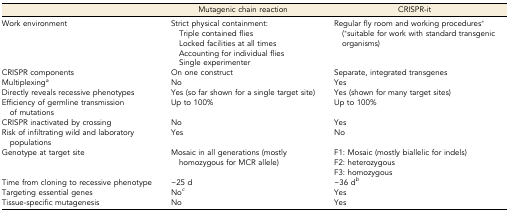
|  | Mutagenic chain reaction | CRISPR-it |
 | --- | --- | --- |
 | <ROWSPAN=5> Work environment | Strict physical containment: | <ROWSPAN=5> Regular fly room and working procedures* (*suitable for work with standard transgenic organisms) |
 | Triple contained flies |
 | Locked facilities at all times |
 | Accounting for individual flies |
 | Single experimenter |
 | CRISPR components | On one construct | Separate, integrated transgenes |
 | Multiplexinga | No | Yes |
 | Directly reveals recessive phenotypes | Yes (so far shown for a single target site) | Yes (shown for many target sites) |
 | Efficiency of germline transmission of mutations | Up to 100% | Up to 100% |
 | CRISPR inactivated by crossing | No | Yes |
 | Risk of infiltrating wild and laboratory populations | Yes | No |
 | <ROWSPAN=3> Genotype at target site | <ROWSPAN=3> Mosaic in all generations (mostly homozygous for MCR allele) | F1: Mosaic (mostly biallelic for indels) |
 | F2: heterozygous |
 | F3: homozygous |
 | Time from cloning to recessive phenotype | ∼25 d | ∼36 db |
 | Targeting essential genes | Noc | Yes |
 | Tissue-specific mutagenesis | No | Yes |